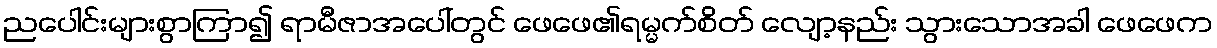
ညပေါင်းများစွာကြာ၍ ရာမီဇာအပေါ်တွင် ဖေဖေ၏ရမ္မက်စိတ် လျော့နည်း သွားသောအခါ ဖေဖေက